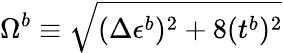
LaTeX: \Omega^{b}\equiv\sqrt{(\Delta\epsilon^{b})^{2}+8(t^{b})^{2}}